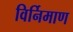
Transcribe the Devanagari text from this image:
विर्निमाण